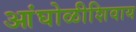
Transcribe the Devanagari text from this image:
आंघोळीशिवाय